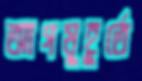
আগমূহূর্তে